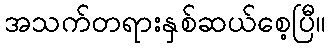
အသက်တရားနှစ်ဆယ်စေ့ပြီ။